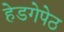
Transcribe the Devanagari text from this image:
हेडगेपेठ